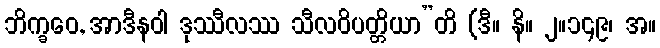
ဘိက္ခဝေ, အာဒီနဝါ ဒုဿီလဿ သီလဝိပတ္တိယာ”တိ (ဒီ။ နိ။ ၂။၁၄၉၊ အ။